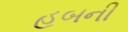
હબની